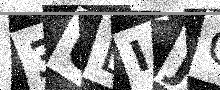
Text: 3ULIJC